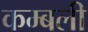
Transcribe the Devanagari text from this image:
कम्बली